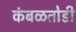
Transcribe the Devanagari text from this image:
कंबळतोडी